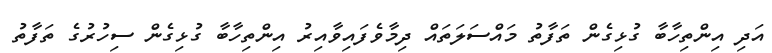
އަދި އިންތިހާބާ ގުޅިގެން ތަފާތު މައްސަލަތައް ދިމާވެފައިވާއިރު އިންތިހާބާ ގުޅިގެން ސިހުރުގެ ތަފާތު